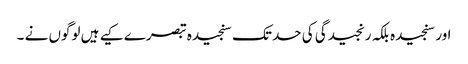
اور سنجیدہ بلکہ رنجیدگی کی حد تک سنجیدہ تبصرے کیے ہیں لوگوں نے ۔